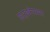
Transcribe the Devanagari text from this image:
हार्डवेयरवर